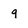
Character: 9